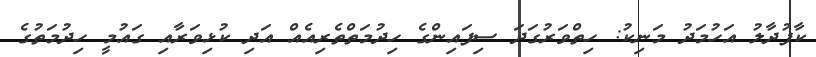
ކާފުދާލު އަހުމަދު މަނިކު: ހިތްވަރުގަދަ ސިފައިންގެ ހިދުމަތްތެެރިއެއް އަދި ކުޅިވަރާއި ގައުމީ ހިދުމަތުގެ